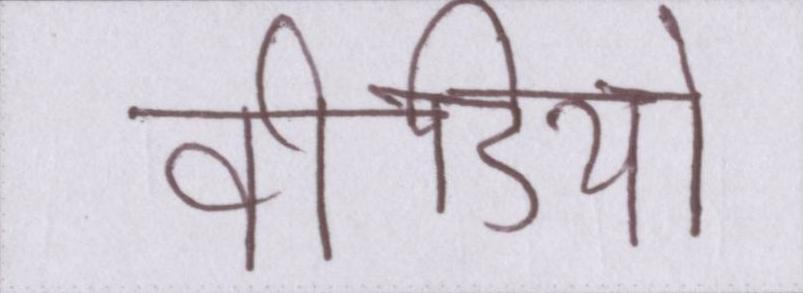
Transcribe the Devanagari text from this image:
वीडियो